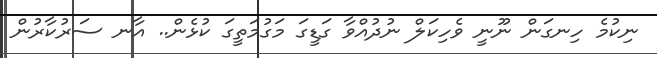
ނިކުމެ ހިނގަން ނޫނީ ވެހިކަލް ނުދުއްވާ ގަޑީގަ މަގުމަތީގަ ކުޅެން.. އާނ ސަރުކާރުން